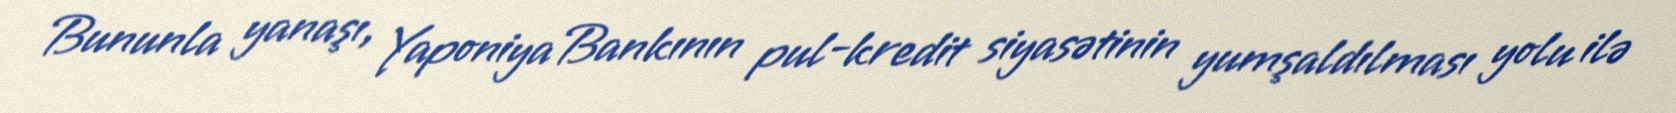
Bununla yanaşı, Yaponiya Bankının pul-kredit siyasətinin yumşaldılması yolu ilə